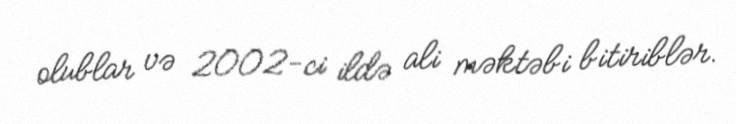
olublar və 2002-ci ildə ali məktəbi bitiriblər.